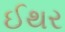
ઈથર